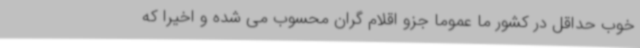
خوب حداقل در کشور ما عموما جزو اقلام گران محسوب می شده و اخیرا که